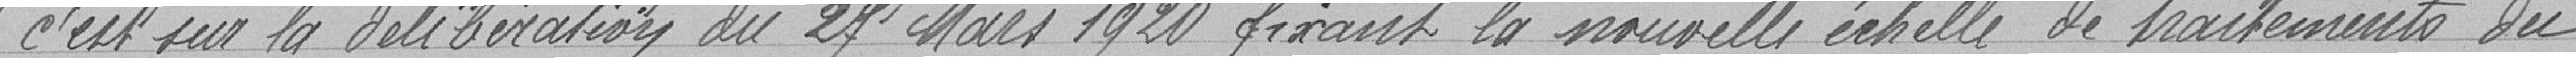
" c'est sur la délibération du 27 Mars 1920 fixant la nouvelle échelle de traitements du